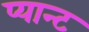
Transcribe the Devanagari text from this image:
प्यान्ट